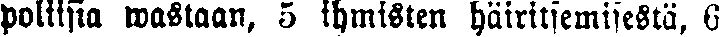
poliisia wastaan, 5 ihmisten häiritsemisestä, 6